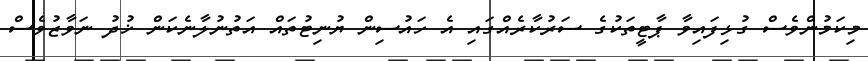
މިކަމުންވެސް ގުޅިފައިވާ ޕާޓީތަކުގެ ސަރުކާރެއްގައި އެ ހައުސިން ޔުނިޓުތައް އަތުނުލާނެކަން ޚުދު ނަވާޒުވެސް